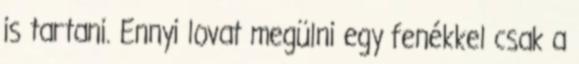
is tartani. Ennyi lovat megülni egy fenékkel csak a